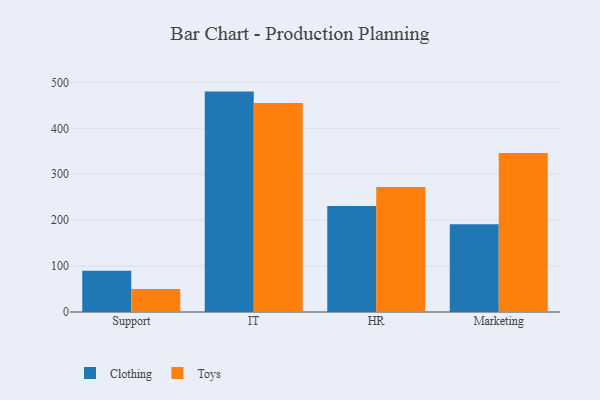
{"axis": {"x": "Department", "y": "Customer Acquisition Cost (USD)"}, "legend": ["Clothing", "Toys"], "data": [{"x": "Support", "y": 89.8, "type": "Clothing"}, {"x": "Support", "y": 50.3, "type": "Toys"}, {"x": "IT", "y": 479.9, "type": "Clothing"}, {"x": "IT", "y": 455.3, "type": "Toys"}, {"x": "HR", "y": 231.0, "type": "Clothing"}, {"x": "HR", "y": 272.1, "type": "Toys"}, {"x": "Marketing", "y": 191.1, "type": "Clothing"}, {"x": "Marketing", "y": 346.4, "type": "Toys"}]}